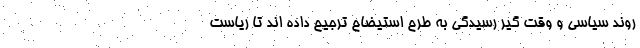
روند سیاسی و وقت گیر رسیدگی به طرح استیضاح ترجیح داده اند تا ریاست